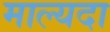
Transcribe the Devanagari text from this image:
माल्यदा